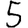
Digit: 5